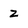
Character: z